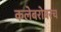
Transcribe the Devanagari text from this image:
कलेबरोबरच